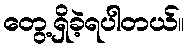
တွေ့ရှိခဲ့ရပါတယ်။